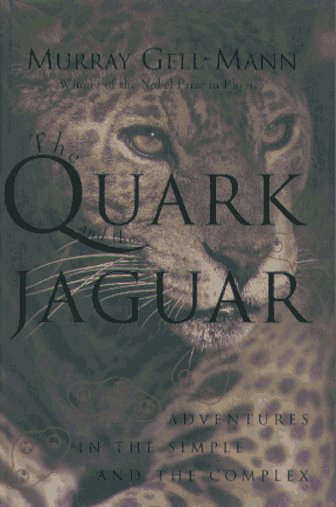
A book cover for The Quark and the Jaguar: Adventures in the Simple and the Complex; Murray Gell-Mann; Travel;